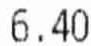
6.40